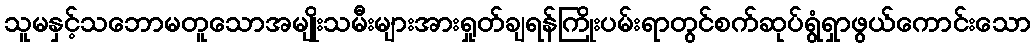
သူမနှင့်သဘောမတူသောအမျိုးသမီးများအားရှုတ်ချရန်ကြိုးပမ်းရာတွင်စက်ဆုပ်ရွံရှာဖွယ်ကောင်းသော